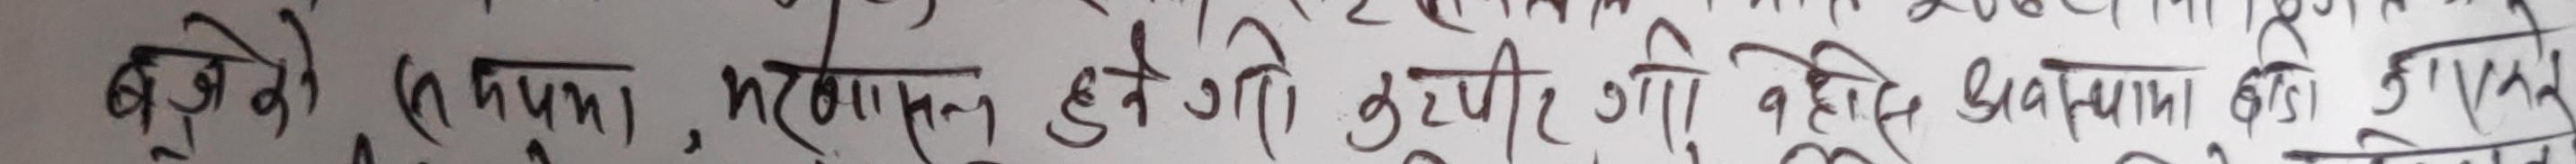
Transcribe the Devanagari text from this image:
बढे तो (6 रूपमा, प्रकाश होनेगी दुश्मन की वैसी अवस्था का १/४२